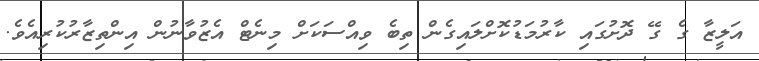
އަލީޒާ ގެ ގޭ ދޮށުގައި ކާރުމަޑުކޮށްލައިގެން ތިބެ ވިއްސަކަށް މިނެޓް އެޒުވާނުން އިންތިޒާރުކުރިއެވެ.